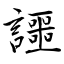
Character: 讍